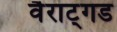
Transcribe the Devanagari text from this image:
वैराट्गड